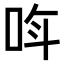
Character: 𫩰